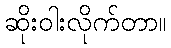
ဆိုးဝါးလိုက်တာ။